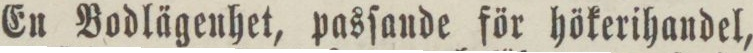
En Bodlägenhet, pasſande för hökerihandel,